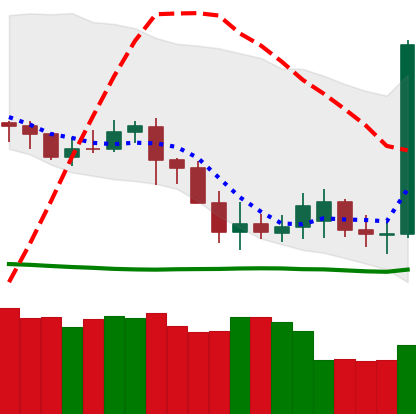
Ticker: DOGE-USD
Chart end date: 2020-07-06
Forward return: 45.68%
Label: up_7plus